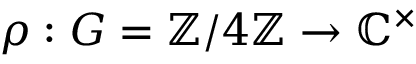
\rho : G = \mathbb { Z } / 4 \mathbb { Z } \to \mathbb { C } ^ { \times }